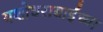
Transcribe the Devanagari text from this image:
यशोधराबाईंच्या